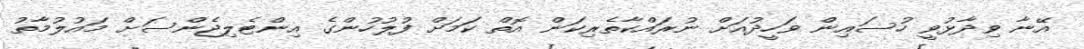
އޭނާ ވިދާޅުވީ ހުސައިން ވަހީދުއަށް ނުރައްކާތެރިކަން އޮތް ކަމަށް ފުލުހުންގެ އިންޓެލިޖެންސަށް މައުލުމާތު